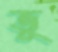
ভূ